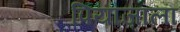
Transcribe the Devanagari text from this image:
पियाज़ाला